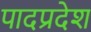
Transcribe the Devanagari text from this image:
पादप्रदेश